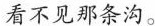
看不见那条沟。